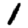
Digit: 1